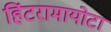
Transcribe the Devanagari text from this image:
हिंटरामायोटा